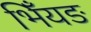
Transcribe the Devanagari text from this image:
भिँयङ